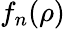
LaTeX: f_{n}(\rho)